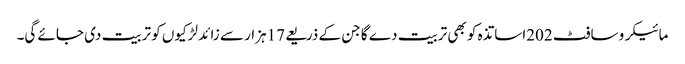
مائیکرو سافٹ 202اساتذہ کو بھی تربیت دے گا جن کے ذریعے 17ہزار سے زائد لڑکیوں کو تربیت دی جائے گی۔